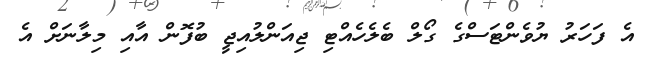
އެ ފަހަރު ޔުވެންޓަސްގެ ގޯލް ބެލެހެއްޓި ޖިއަންލުއިިޖީ ބުފޮން އާއި މިލާނަށް އެ